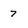
Character: 7